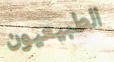
الطبيعيون